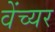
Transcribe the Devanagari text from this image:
वेंच्यर